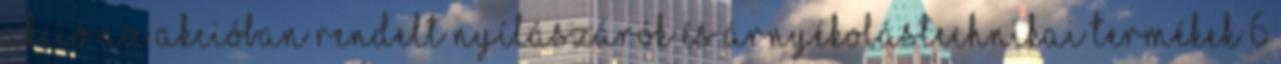
AKCIÓ Az akcióban rendelt nyílászárók és árnyékolástechnikai termékek 6